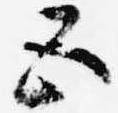
五